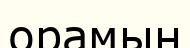
орамын